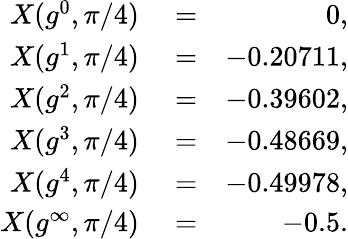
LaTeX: \begin{array}{rlr}{X(g^{0},\pi/4)}&{{}=}&{0,}\\ {X(g^{1},\pi/4)}&{{}=}&{-0.20711,}\\ {X(g^{2},\pi/4)}&{{}=}&{-0.39602,}\\ {X(g^{3},\pi/4)}&{{}=}&{-0.48669,}\\ {X(g^{4},\pi/4)}&{{}=}&{-0.49978,}\\ {X(g^{\infty},\pi/4)}&{{}=}&{-0.5.}\end{array}